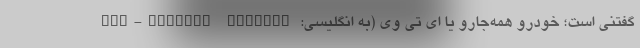
گفتنی است؛ خودرو همه‌جارو یا ای تی وی (به انگلیسی: All-Terrain Vehicle